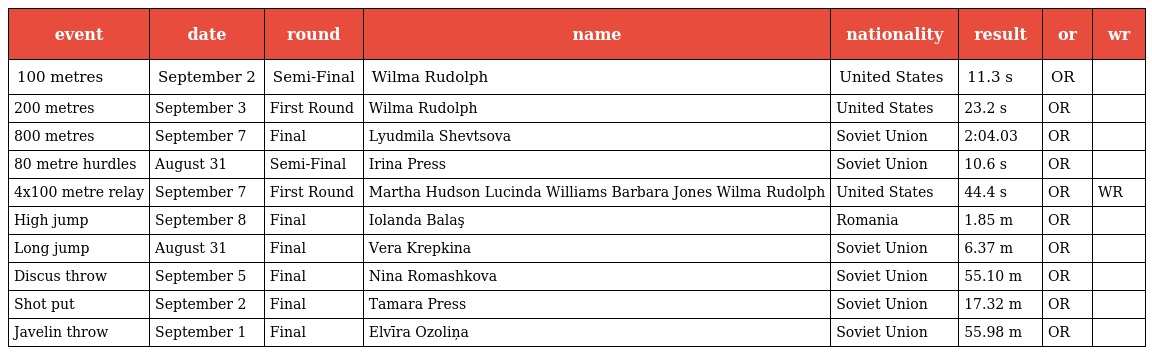
| event | date | round | name | nationality | result | or | wr |
 | --- | --- | --- | --- | --- | --- | --- | --- |
 | 100 metres | September 2 | Semi-Final | Wilma Rudolph | United States | 11.3 s | OR |  |
 | 200 metres | September 3 | First Round | Wilma Rudolph | United States | 23.2 s | OR |  |
 | 800 metres | September 7 | Final | Lyudmila Shevtsova | Soviet Union | 2:04.03 | OR |  |
 | 80 metre hurdles | August 31 | Semi-Final | Irina Press | Soviet Union | 10.6 s | OR |  |
 | 4x100 metre relay | September 7 | First Round | Martha Hudson Lucinda Williams Barbara Jones Wilma Rudolph | United States | 44.4 s | OR | WR |
 | High jump | September 8 | Final | Iolanda Balaş | Romania | 1.85 m | OR |  |
 | Long jump | August 31 | Final | Vera Krepkina | Soviet Union | 6.37 m | OR |  |
 | Discus throw | September 5 | Final | Nina Romashkova | Soviet Union | 55.10 m | OR |  |
 | Shot put | September 2 | Final | Tamara Press | Soviet Union | 17.32 m | OR |  |
 | Javelin throw | September 1 | Final | Elvīra Ozoliņa | Soviet Union | 55.98 m | OR |  |